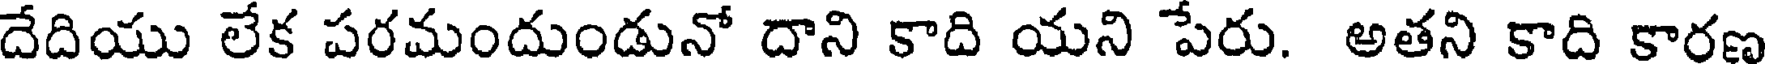
దేదియు లేక పరమందుండునో దాని కాది యని పేరు. అతని కాది కారణ